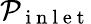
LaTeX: \mathcal{P}_{\mathrm{~i~n~l~e~t~}}